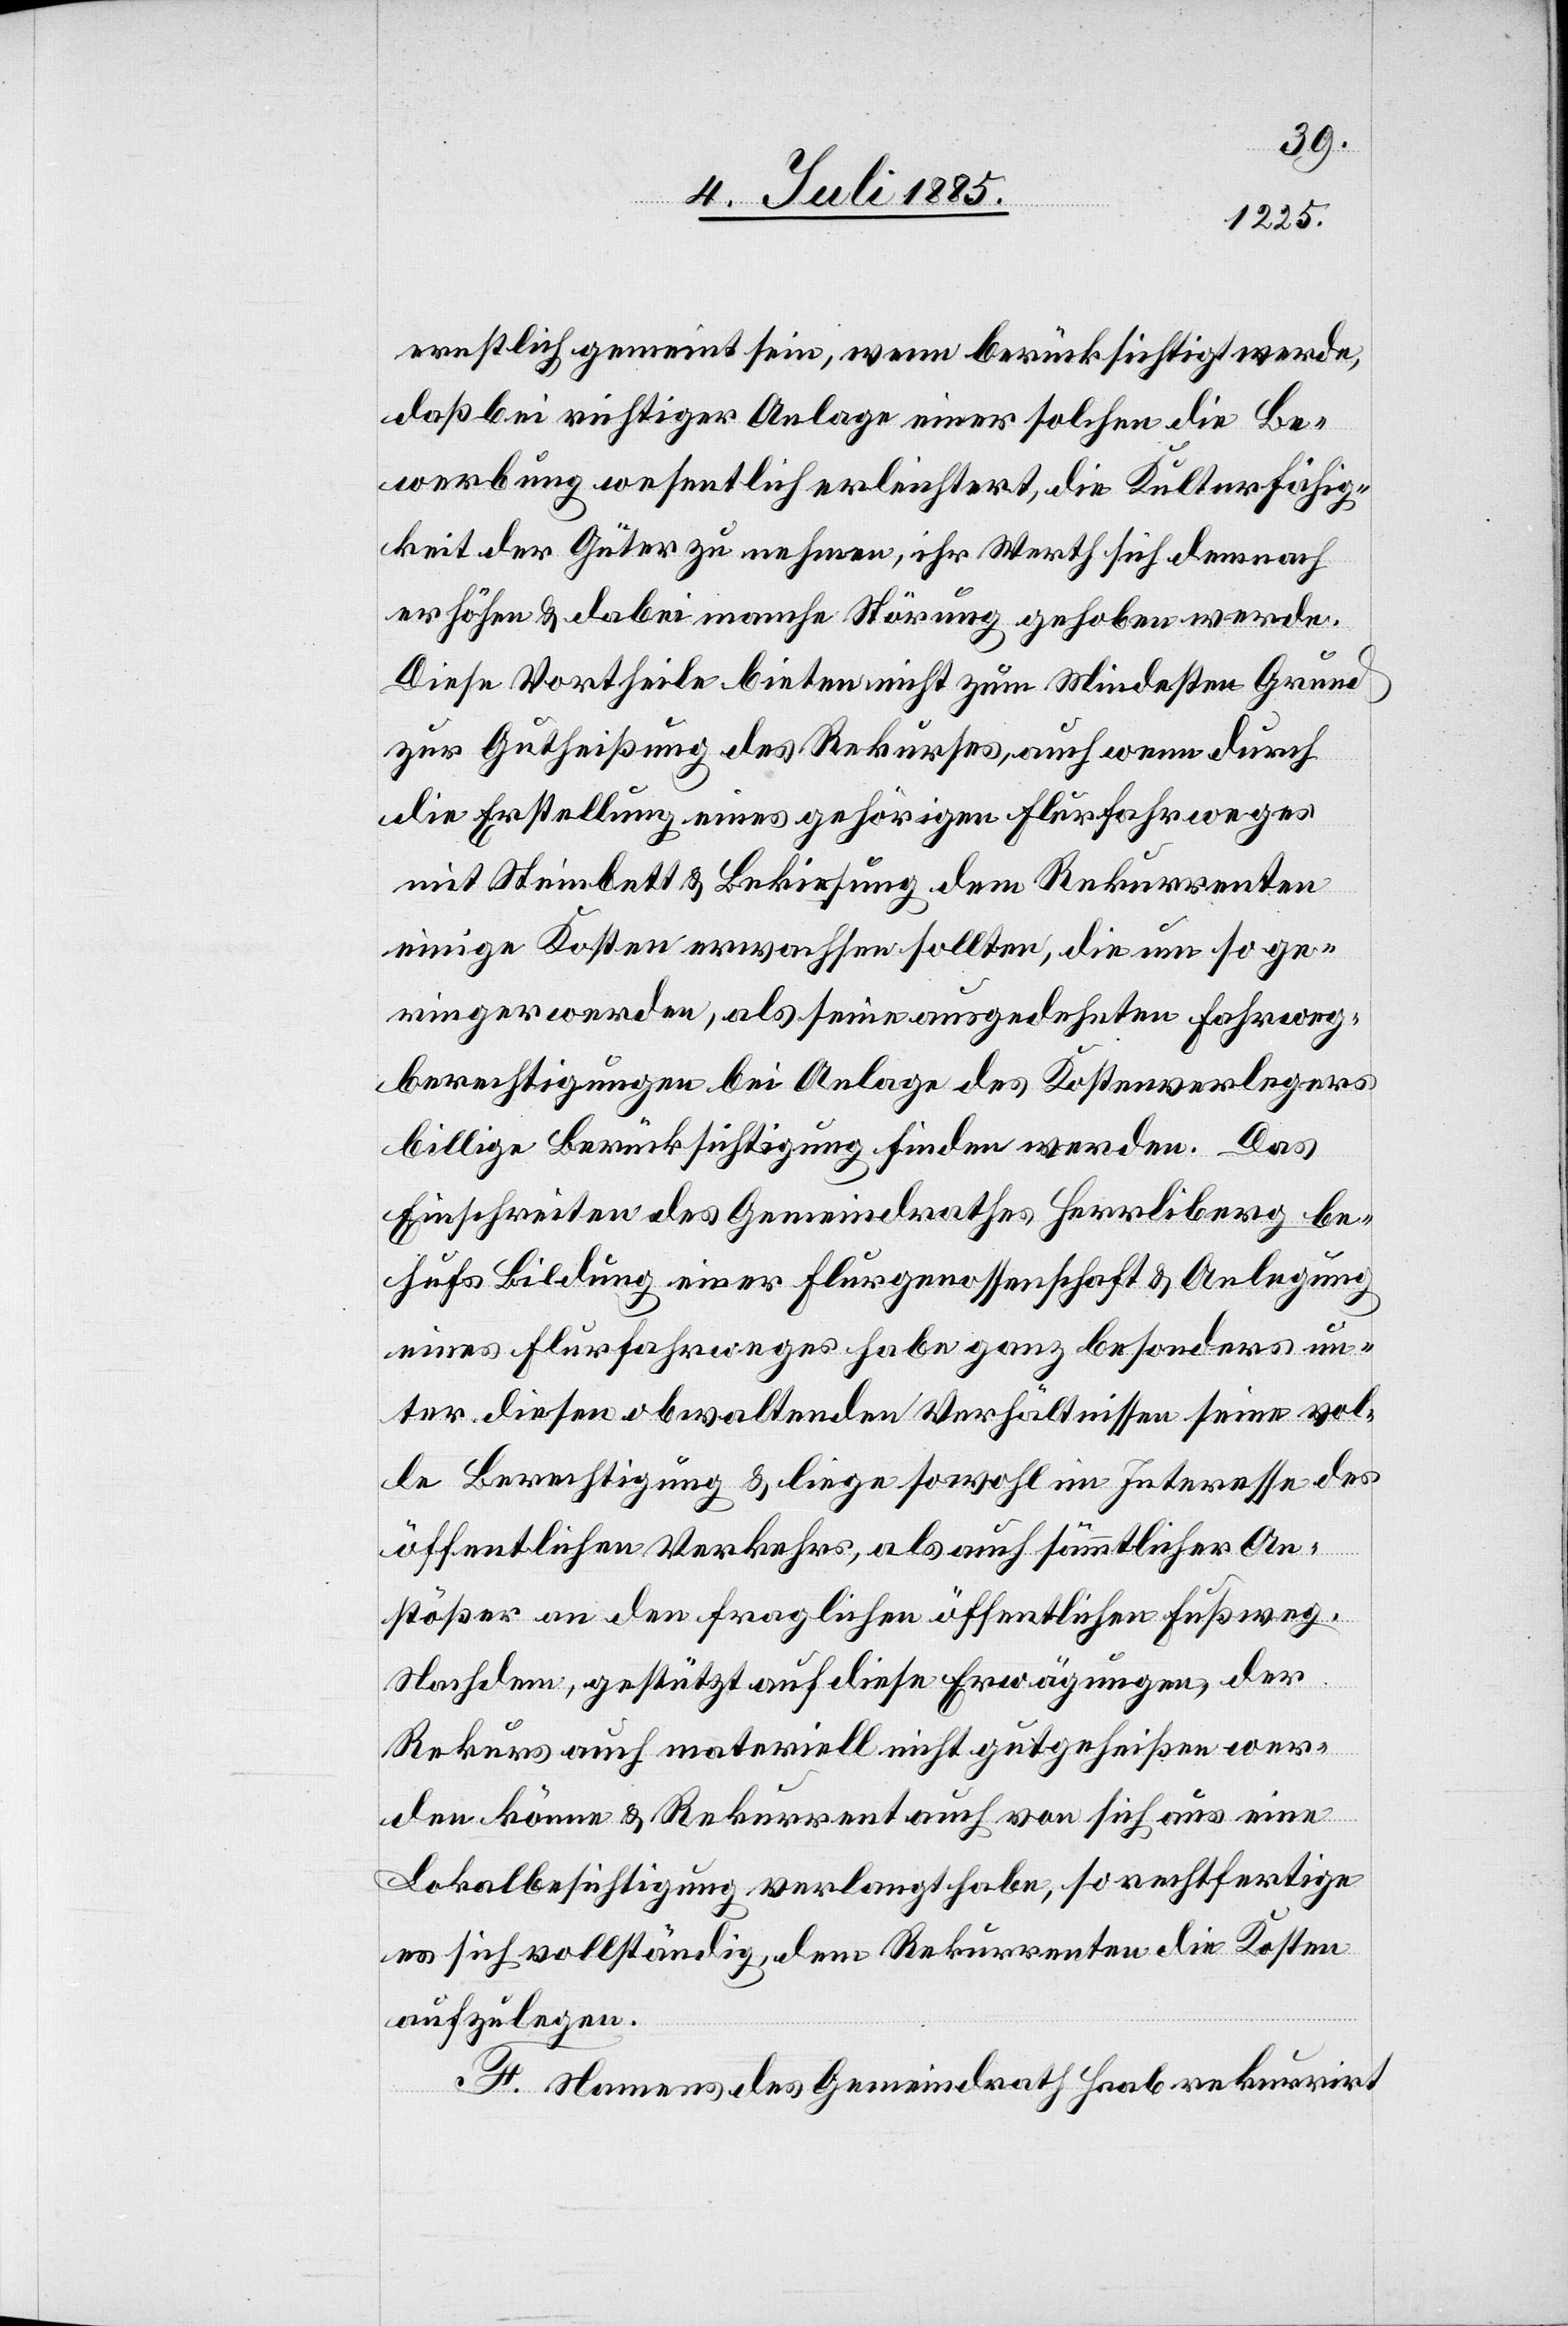
ernstlich gemeint sein, wenn berücksichtigt werde,
daß bei richtiger Anlage einer solchen die Be¬
werbung wesentlich erleichtert, die Kulturfähig¬
keit der Güter zu nehmen, ihr Werth sich demnach
erhöhen & dabei manche Störung gehoben werde.
Diese Vortheile bieten nicht zum Mindesten Grund
zur Gutheißung des Rekurses, auch wenn durch
die Erstellung eines gehörigen Flurfahrweges
mit Steinbett & Bekiesung dem Rekurrenten
einige Kosten erwachsen sollten, die um so ge¬
ringer werden, als seine ausgedehnten Fahrweg¬
berechtigungen bei Anlage des Kostenverlegers
billige Berücksichtigung finden werden. Das
Einschreiten des Gemeindrathes Herrliberg be¬
hufs Bildung einer Flurgenossenschaft & Anlegung
eines Flurfahrweges habe ganz besonders un¬
ter diesen obwaltenden Verhältnisssen seine vol¬
le Berechtigung & liege sowohl im Interesse des
öffentlichen Verkehrs, als auch sämmtlicher An¬
stößer an den fraglichen öffentlichen Fußweg.
Nachdem, gestützt auf diese Erwägungen, der
Rekurs auch materiell nicht gutgeheißen wer¬
den könne & Rekurrent auch von sich aus eine
Lokalbesichtigung verlangt habe, so rechtfertige
es sich vollständig, dem Rekurrenten die Kosten
aufzulegen.
F. Namens des Gemeindrath Haab rekurrirt